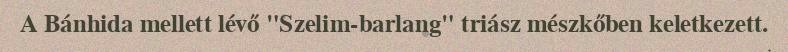
A Bánhida mellett lévő "Szelim-barlang" triász mészkőben keletkezett.